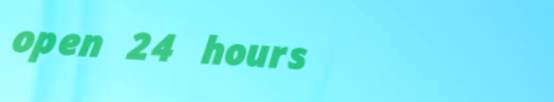
open 24 hours